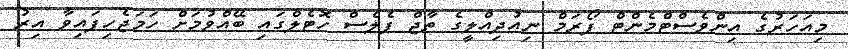
މިއަހަރުގެ އިންވެސްޓްމެންޓް ފޯރަމް ނިއުދިއްލީގެ ތާޖް ޕެލެސް ހޮޓެލްގައި ބޭއްވުމަށް ހަމަޖެހިފައިވާ އިރު